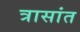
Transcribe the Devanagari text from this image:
त्रासांत